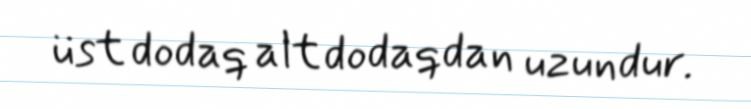
üst dodaq alt dodaqdan uzundur.